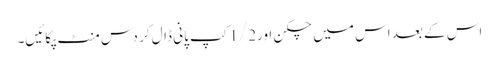
اس کے بعد اس میں چکن اور1/2کپ پانی ڈال کر دس منٹ پکائیں۔